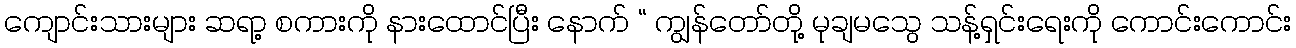
ကျောင်းသားများ ဆရာ့ စကားကို နားထောင်ပြီး နောက် “ ကျွန်တော်တို့ မုချမသွေ သန့်ရှင်းရေးကို ကောင်းကောင်း